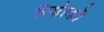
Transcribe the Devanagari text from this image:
रियोको